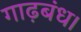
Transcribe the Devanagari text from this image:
गाढ़बंध।